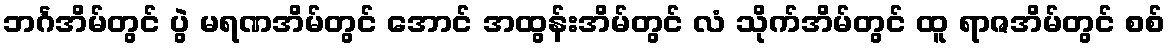
ဘင်္ဂအိမ်တွင် ပွဲ မရဏအိမ်တွင် အောင် အထွန်းအိမ်တွင် လံ သိုက်အိမ်တွင် ထူ ရာဇအိမ်တွင် စစ်